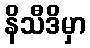
နိသီဒိမှာ